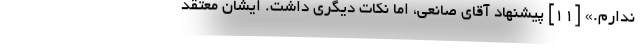
ندارم.» [۱۱] پیشنهاد آقای صانعی، اما نکات دیگری داشت. ایشان معتقد